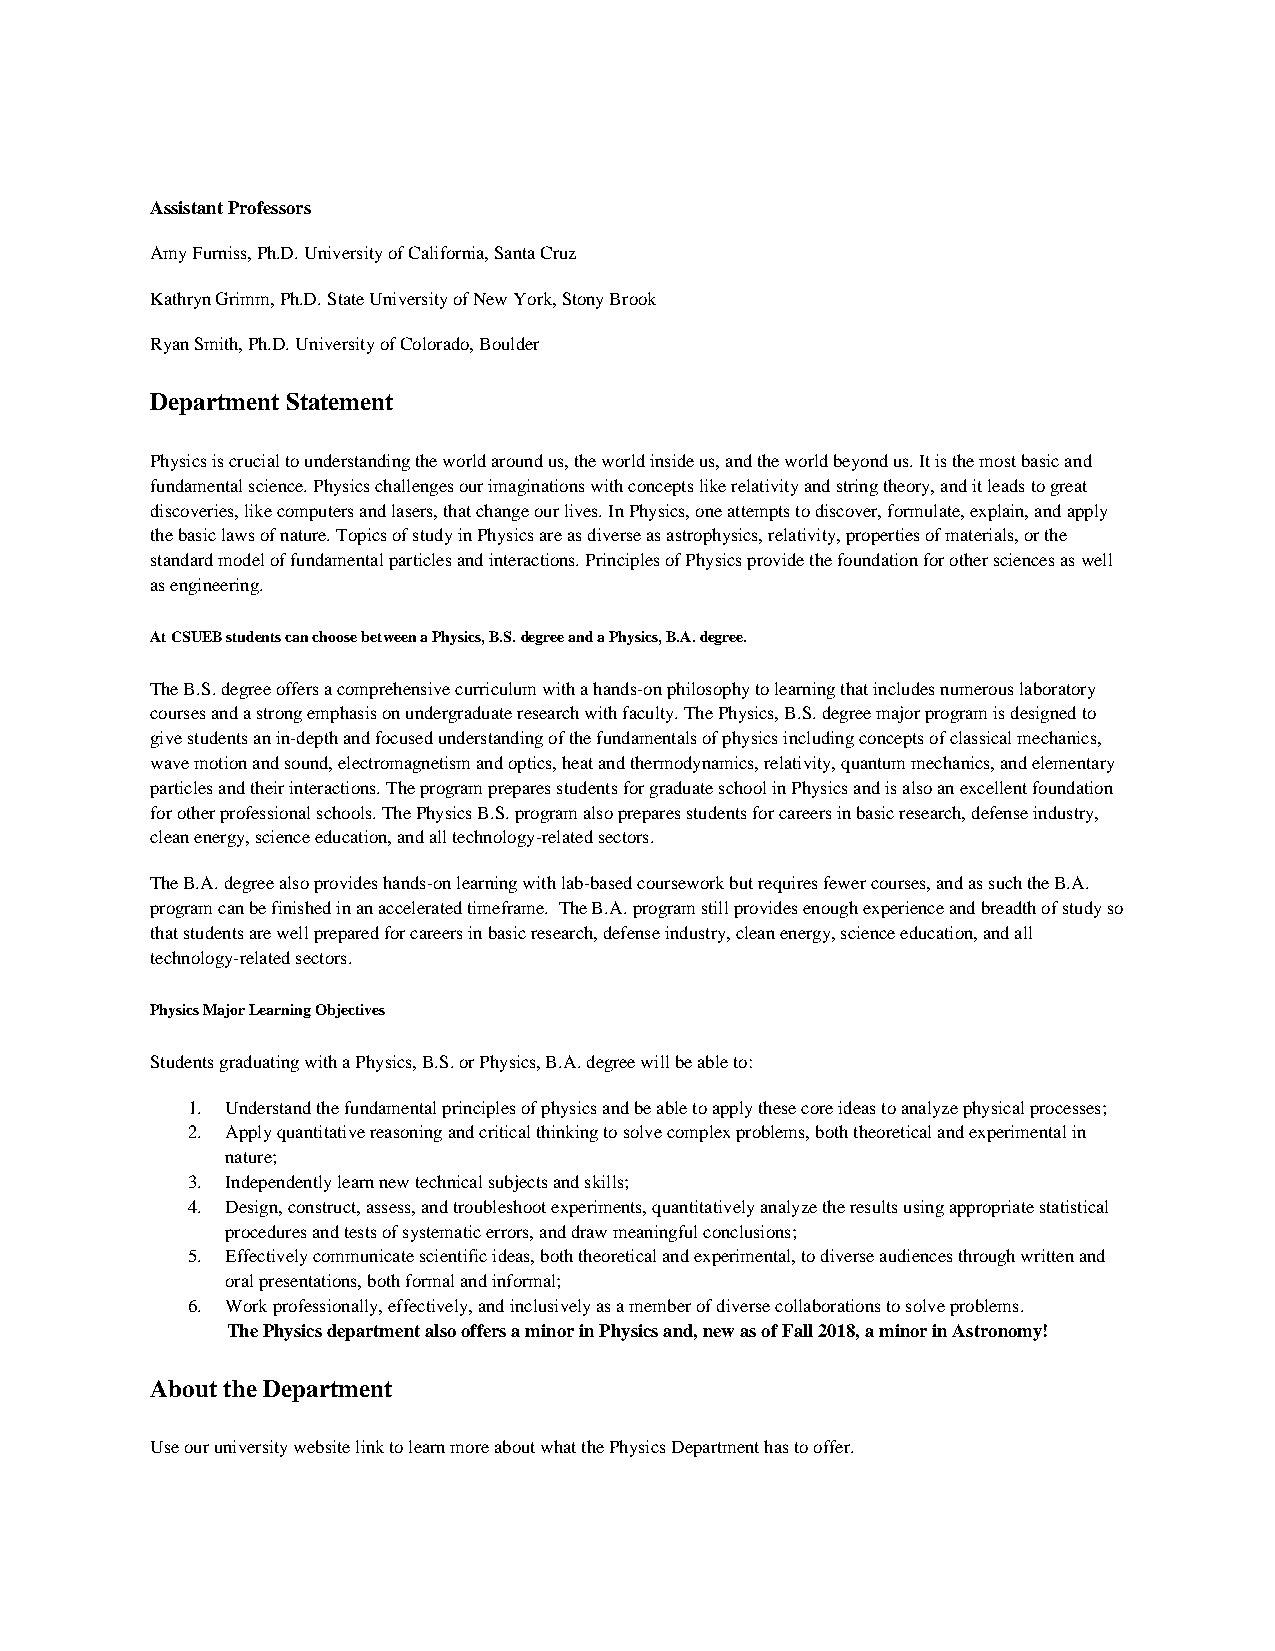
Assistant Professors
 Amy Furniss, Ph.D. University of California, Santa Cruz
 Kathryn Grimm, Ph.D. State University of New York, Stony Brook
 Ryan Smith, Ph.D. University of Colorado, Boulder
 Department Statement
 Physics is crucial to understanding the world around us, the world inside us, and the world beyond us. It is the most basic and
 fundamental science. Physics challenges our imaginations with concepts like relativity and string theory, and it leads to great
 discoveries, like computers and lasers, that change our lives. In Physics, one attempts to discover, formulate, explain, and apply
 the basic laws of nature. Topics of study in Physics are as diverse as astrophysics, relativity, properties of materials, or the
 standard model of fundamental particles and interactions. Principles of Physics provide the foundation for other sciences as well
 as engineering.
 At CSUEB students can choose between a Physics, B.S. degree and a Physics, B.A. degree.
 The B.S. degree offers a comprehensive curriculum with a hands-on philosophy to learning that includes numerous laboratory
 courses and a strong emphasis on undergraduate research with faculty. The Physics, B.S. degree major program is designed to
 give students an in-depth and focused understanding of the fundamentals of physics including concepts of classical mechanics,
 wave motion and sound, electromagnetism and optics, heat and thermodynamics, relativity, quantum mechanics, and elementary
 particles and their interactions. The program prepares students for graduate school in Physics and is also an excellent foundation
 for other professional schools. The Physics B.S. program also prepares students for careers in basic research, defense industry,
 clean energy, science education, and all technology-related sectors.
 The B.A. degree also provides hands-on learning with lab-based coursework but requires fewer courses, and as such the B.A.
 program can be finished in an accelerated timeframe. The B.A. program still provides enough experience and breadth of study so
 that students are well prepared for careers in basic research, defense industry, clean energy, science education, and all
 technology-related sectors.
 Physics Major Learning Objectives
 Students graduating with a Physics, B.S. or Physics, B.A. degree will be able to:
 1. Understand the fundamental principles of physics and be able to apply these core ideas to analyze physical processes;
 2. Apply quantitative reasoning and critical thinking to solve complex problems, both theoretical and experimental in
 nature;
 3. Independently learn new technical subjects and skills;
 4. Design, construct, assess, and troubleshoot experiments, quantitatively analyze the results using appropriate statistical
 procedures and tests of systematic errors, and draw meaningful conclusions;
 5. Effectively communicate scientific ideas, both theoretical and experimental, to diverse audiences through written and
 oral presentations, both formal and informal;
 6. Work professionally, effectively, and inclusively as a member of diverse collaborations to solve problems.
 The Physics department also offers a minor in Physics and, new as of Fall 2018, a minor in Astronomy!
 About the Department
 Use our university website link to learn more about what the Physics Department has to offer.